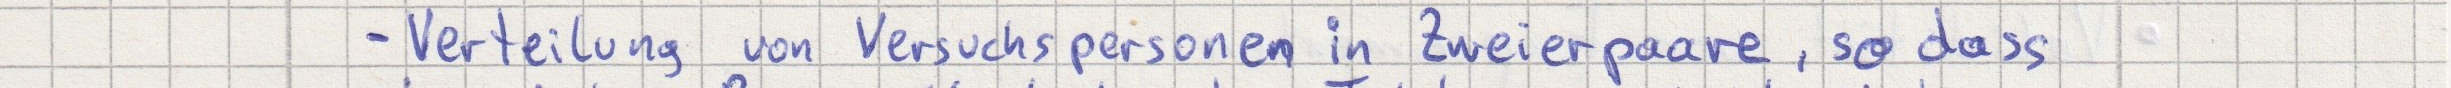
- Verteilung von Versuchspersonen in Zweierpaare, so dass